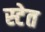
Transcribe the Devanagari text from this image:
स्टेत